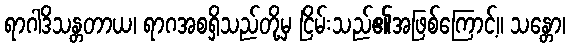
ရာဂါဒိသန္တတာယ၊ ရာဂအစရှိသည်တို့မှ ငြိမ်းသည်၏အဖြစ်ကြောင့်။ သန္တော၊